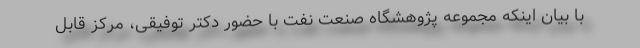
با بیان اینکه مجموعه پژوهشگاه صنعت نفت با حضور دکتر توفیقی، مرکز قابل